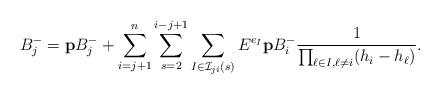
LaTeX: \begin{align*}B_j^-=\mathbf{p}B_j^- + \sum_{i=j+1}^{n}\sum_{s=2}^{i-j+1}\sum_{I\in \mathcal{I}_{ji}(s)} E^{e_I}\mathbf{p}B_i^-\frac{1}{\prod_{\ell\in I,\ell\neq i} (h_i-h_\ell)}.\end{align*}